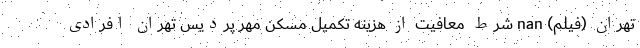
تهران (فیلم) nan شرط معافیت از هزینه تکمیل مسکن مهر پردیس تهران افرادی